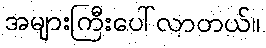
အများကြီးပေါ်လာတယ်။